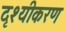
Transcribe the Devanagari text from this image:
दृश्यीकरण